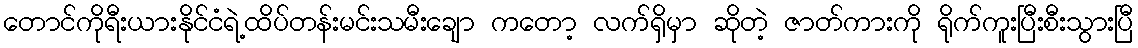
တောင်ကိုရီးယားနိုင်ငံရဲ့ထိပ်တန်းမင်းသမီးချော ကတော့ လက်ရှိမှာ ဆိုတဲ့ ဇာတ်ကားကို ရိုက်ကူးပြီးစီးသွားပြီ